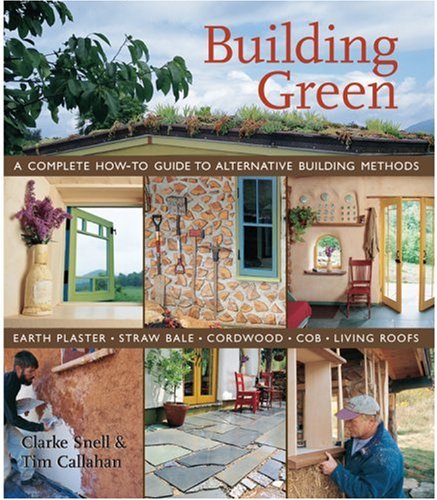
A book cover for Building Green: A Complete How-To Guide to Alternative Building Methods Earth Plaster * Straw Bale * Cordwood * Cob * Living Roofs; Clarke Snell; Crafts, Hobbies & Home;